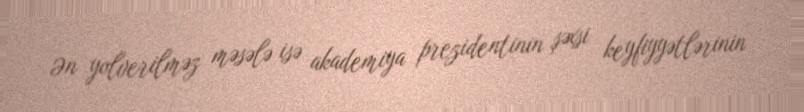
Ən yolverilməz məsələ isə akademiya prezidentinin şəxsi keyfiyyətlərinin